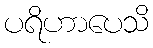
ပရိဟာပေသိ